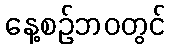
နေ့စဉ်ဘဝတွင်